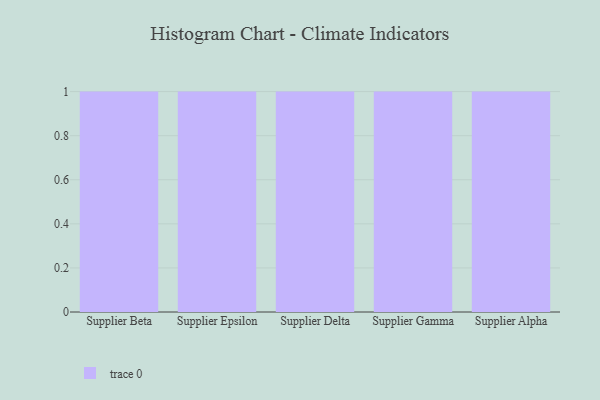
{"axis": {"x": "Supplier", "y": "Customer Acquisition Cost (USD)"}, "legend": [""], "data": [{"x": "Supplier Beta", "y": 57, "type": ""}, {"x": "Supplier Epsilon", "y": 71, "type": ""}, {"x": "Supplier Delta", "y": 62, "type": ""}, {"x": "Supplier Gamma", "y": 72, "type": ""}, {"x": "Supplier Alpha", "y": 43, "type": ""}]}